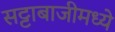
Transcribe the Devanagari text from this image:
सट्टाबाजीमध्ये